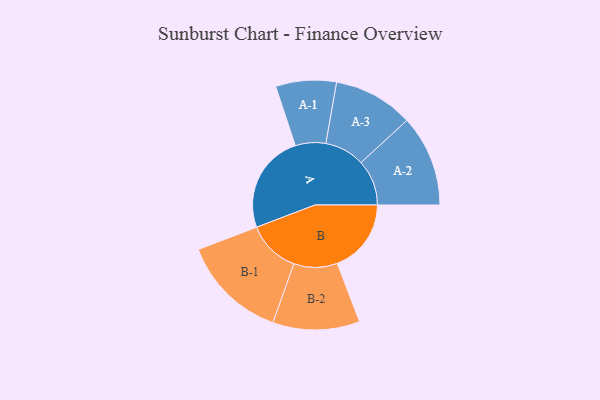
{"axis": {"x": "Segment", "y": "Value"}, "legend": ["", "A", "B"], "data": [{"x": "A", "y": 490, "type": ""}, {"x": "B", "y": 366, "type": ""}, {"x": "A-1", "y": 150, "type": "A"}, {"x": "A-2", "y": 226, "type": "A"}, {"x": "A-3", "y": 198, "type": "A"}, {"x": "B-1", "y": 262, "type": "B"}, {"x": "B-2", "y": 215, "type": "B"}]}